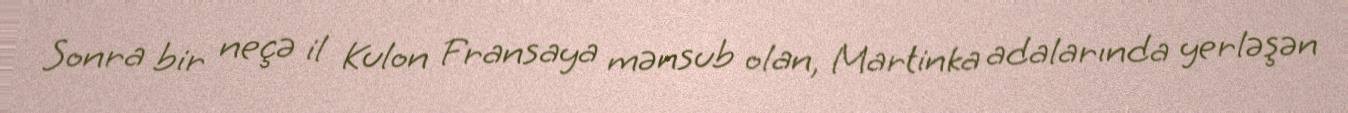
Sonra bir neçə il Kulon Fransaya mənsub olan, Martinka adalarında yerləşən